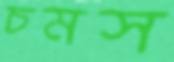
চমস